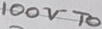
Text: 100VTO